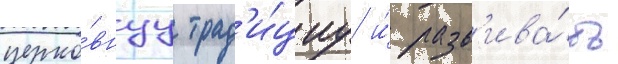
церко́внуу трад'и́циу и́ разв'ива́ть